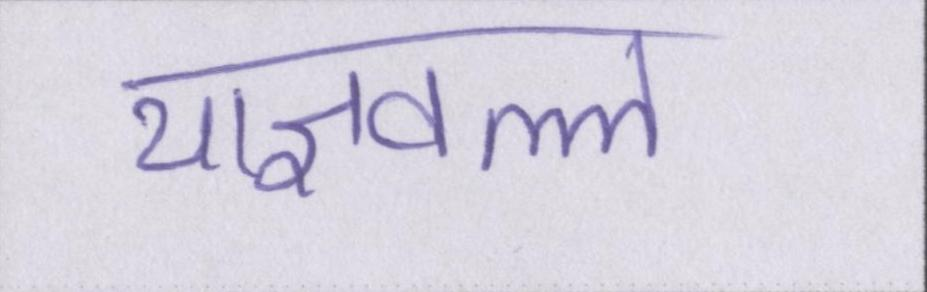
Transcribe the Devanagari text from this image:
याज्ञवल्ल